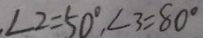
\angle 2 = 5 0 ^ { \circ } , \angle 3 = 8 0 ^ { \circ }